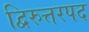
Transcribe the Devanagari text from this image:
द्विरुत्तरपद